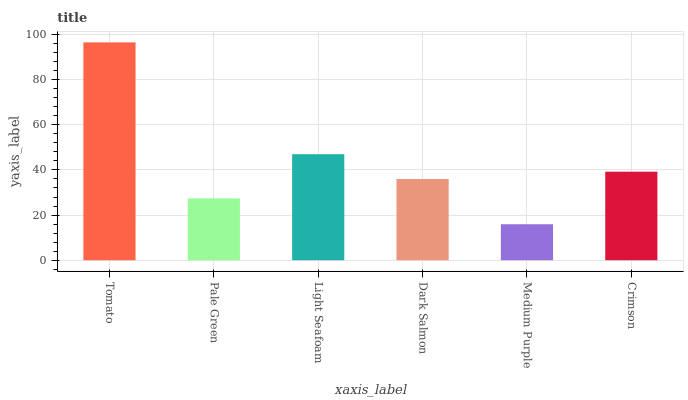
| xaxis_label | bars |
 | --- | --- |
 | Tomato | 96.5 |
 | Pale Green | 27.4 |
 | Light Seafoam | 47 |
 | Dark Salmon | 36 |
 | Medium Purple | 15.9 |
 | Crimson | 39.2 |